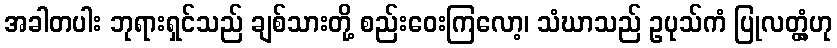
အခါတပါး ဘုရားရှင်သည် ချစ်သားတို့ စည်းဝေးကြလော့၊ သံဃာသည် ဥပုသ်ကံ ပြုလတ္တံ့ဟု